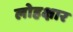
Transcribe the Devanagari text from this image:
लोहक्षार